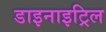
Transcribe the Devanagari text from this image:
डाइनाइट्रिल